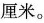
厘米。